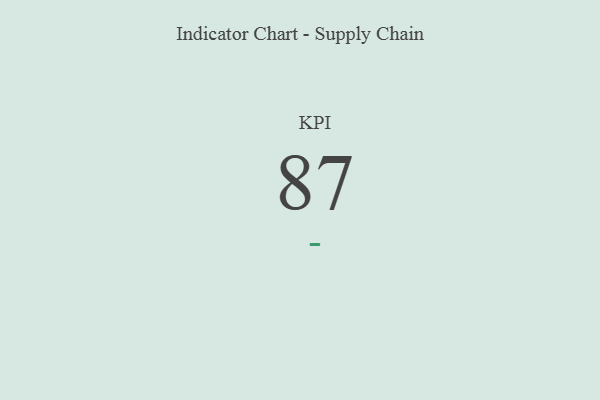
{"axis": {"x": "KPI", "y": "Value"}, "legend": [""], "data": [{"x": "KPI", "y": 87, "type": ""}]}